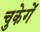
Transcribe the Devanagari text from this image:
चुकेगें